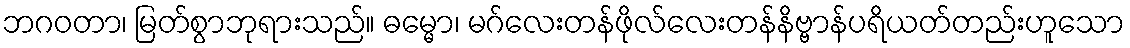
ဘဂဝတာ၊ မြတ်စွာဘုရားသည်။ ဓမ္မော၊ မဂ်လေးတန်ဖိုလ်လေးတန်နိဗ္ဗာန်ပရိယတ်တည်းဟူသော